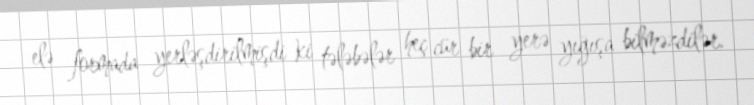
elə formada yerləşdirilmişdi ki tələbələr heç cür bir yerə yığışa bilməzdilər.